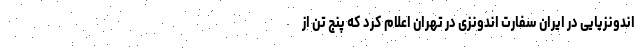
اندونزیایی در ایران سفارت اندونزی در تهران اعلام کرد که پنج تن از